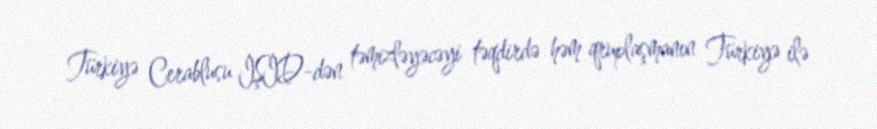
Türkiyə Cerablusu İŞİD-dən təmizləyəcəyi təqdirdə həm qruplaşmanın Türkiyə ilə